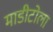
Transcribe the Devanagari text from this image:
माडीटोला